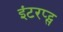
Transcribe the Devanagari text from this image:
इंटरप्ट्स